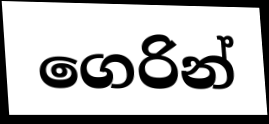
ගෙරින්